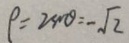
p = 2 4 0 = - \sqrt { 2 }